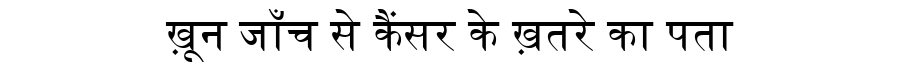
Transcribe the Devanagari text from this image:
ख़ून जाँच से कैंसर के ख़तरे का पता